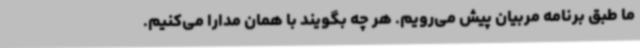
ما طبق برنامه مربیان پیش می‌رویم. هر چه بگویند با همان مدارا می‌کنیم.